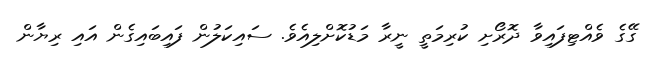
ގޭގެ ވެއްޓިފައިވާ ދޮރޯށި ކުރިމަތީ ނީރާ މަޑުކޮށްލިއެވެ. ސައިކަލުން ފައިބައިގެން އައި ރިޔާން